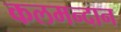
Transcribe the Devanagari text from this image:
कलमन्दान